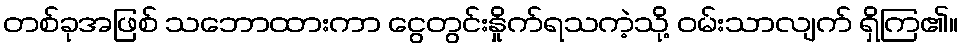
တစ်ခုအဖြစ် သဘောထားကာ ငွေတွင်းနှိုက်ရသကဲ့သို့ ဝမ်းသာလျက် ရှိကြ၏။